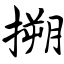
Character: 搠